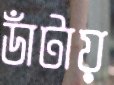
ডাঁটায়